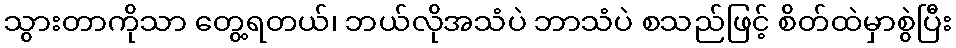
သွားတာကိုသာ တွေ့ရတယ်၊ ဘယ်လိုအသံပဲ ဘာသံပဲ စသည်ဖြင့် စိတ်ထဲမှာစွဲပြီး